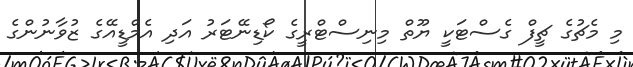
މި މެޗުގެ ޗީފް ގެސްޓަކީ ޔޫތް މިނިސްޓްރީގެ ކޯޑިނޭޓަރު އަދި އެމްޑީއޭގެ ޒުވާނުންގެ